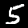
Digit: 5